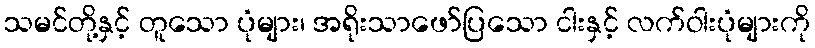
သမင်တို့နှင့် တူသော ပုံများ၊ အရိုးသာဖော်ပြသော ငါးနှင့် လက်ဝါးပုံများကို